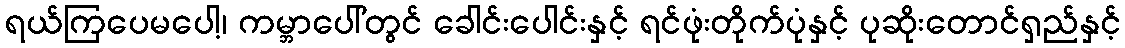
ရယ်ကြပေမပေါ့၊ ကမ္ဘာပေါ်တွင် ခေါင်းပေါင်းနှင့် ရင်ဖုံးတိုက်ပုံနှင့် ပုဆိုးတောင်ရှည်နှင့်